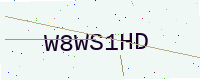
Text: W8WS1HD